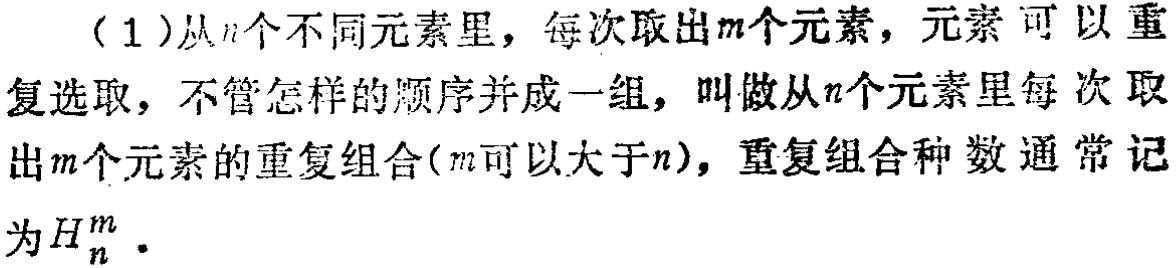
（1）从\(n\)个不同元素里，每次取出\(m\)个元素，元素可以重复选取，不管怎样的顺序并成一组，叫做从\(n\)个元素里每次取出\(m\)个元素的重复组合(\(m\)可以大于\(n\))，重复组合种数通常记为\(H_{n}^{m}\)。